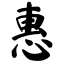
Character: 惠